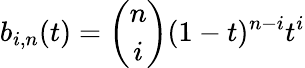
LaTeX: b_{i,n}(t)={\binom{n}{i}}(1-t)^{n-i}t^{i}